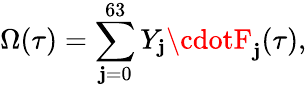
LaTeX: \Omega(\tau)=\sum_{\mathbf{j}=0}^{63}Y_{\mathbf{j}}\cdotF_{\mathbf{j}}(\tau),